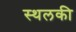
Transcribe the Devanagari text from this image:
स्‍थलकी